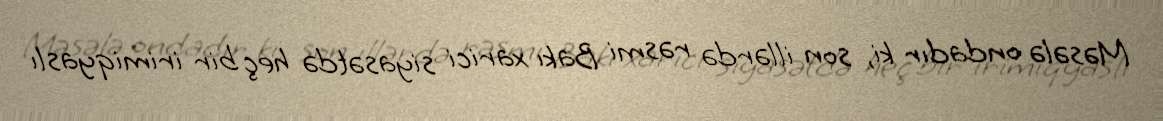
Məsələ ondadır ki, son illərdə rəsmi Bakı xarici siyasətdə heç bir irimiqyaslı